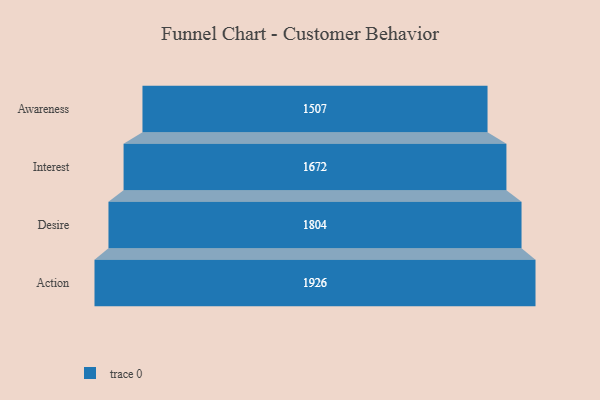
{"axis": {"x": "Stage", "y": "Value"}, "legend": [""], "data": [{"x": "Awareness", "y": 1507.0, "type": ""}, {"x": "Interest", "y": 1672.0, "type": ""}, {"x": "Desire", "y": 1804.0, "type": ""}, {"x": "Action", "y": 1926.0, "type": ""}]}